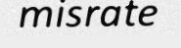
misrate